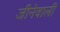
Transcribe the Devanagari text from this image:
जीनेवाली